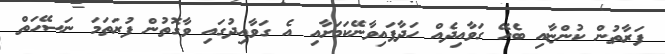
ފަރާތުން ކުންޏާއި ބެހޭ ގަވާއިދެއް ހަދާފައިވާނޭކަމަށާއި އެ ގަވާއިދުގައި ވާގޮތުން ފުރަތަމަ ނަސޭހަތް